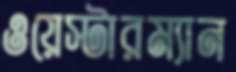
ওয়েস্টারম্যান